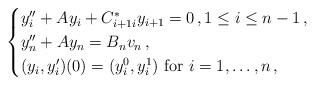
LaTeX: \begin{align*}\begin{cases}y_i^{\prime\prime} + A y_i +C_{i+1 i}^{\ast}y_{i+1}= 0 \,, 1 \le i \le n-1\,,\\y_{n}^{\prime\prime} + A y_{n} = B_n v_n\,,\\(y_i,y_i^{\prime})(0)=(y_i^0,y_i^1) \mbox{ for }i=1, \ldots, n \,,\end{cases}\end{align*}